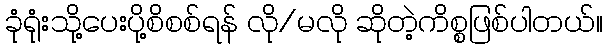
ခုံရုံးသို့ပေးပို့စိစစ်ရန် လို/မလို ဆိုတဲ့ကိစ္စဖြစ်ပါတယ်။